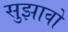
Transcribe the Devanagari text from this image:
सुझावो